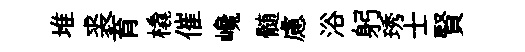
堆裘育橇催巉髄慮浴躬琇士賢